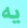
يه